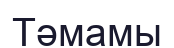
Тәмамы